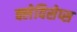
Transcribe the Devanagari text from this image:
क्लेविसेप्स